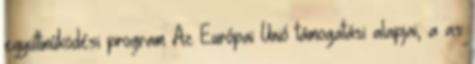
együttműködési program Az Európai Unió támogatási alapjai, a as